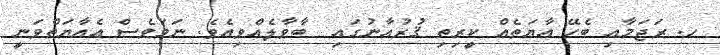
ހ. ރަޖަމާއި ބެހޭ އާޔަތެއް ކީރިތި ޤުރުއާނުގައި  ބާވާލެއްވިއެވެ. ނަމަވެސް އެއާޔަތްވަނީ